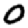
Digit: 0